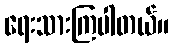
ရေးသားကြပါတယ်။